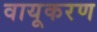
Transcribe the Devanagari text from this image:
वायूकरण